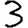
Digit: 3